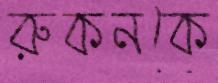
রুকনকে